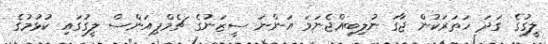
ލީގުގެ ގަދަ ހަތަރަކުން ޖާގަ ނުލިބިއްޖެނަމަ އަންނަ ސީޒަނުގެ ޗެމްޕިއަންސް ލީގުގައި ކުޅުމުގެ